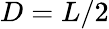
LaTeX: D=L/2